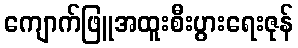
ကျောက်ဖြူအထူးစီးပွားရေးဇုန်